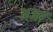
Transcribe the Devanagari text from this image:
अर्जा